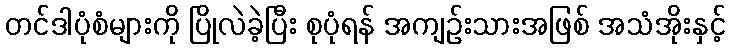
တင်ဒါပုံစံများကို ပြိုလဲခဲ့ပြီး စုပုံရန် အကျဉ်းသားအဖြစ် အသံအိုးနှင့်